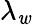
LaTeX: \lambda_{\mathit{w}}